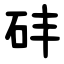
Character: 䂜